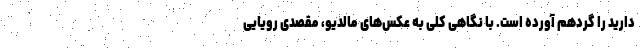
دارید را گردهم آورده است. با نگاهی کلی به عکس‌های مالدیو، مقصدی رویایی